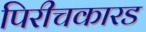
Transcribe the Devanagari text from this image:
पिरीचकारड